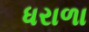
ધરાળા